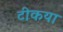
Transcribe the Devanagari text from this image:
टीकया